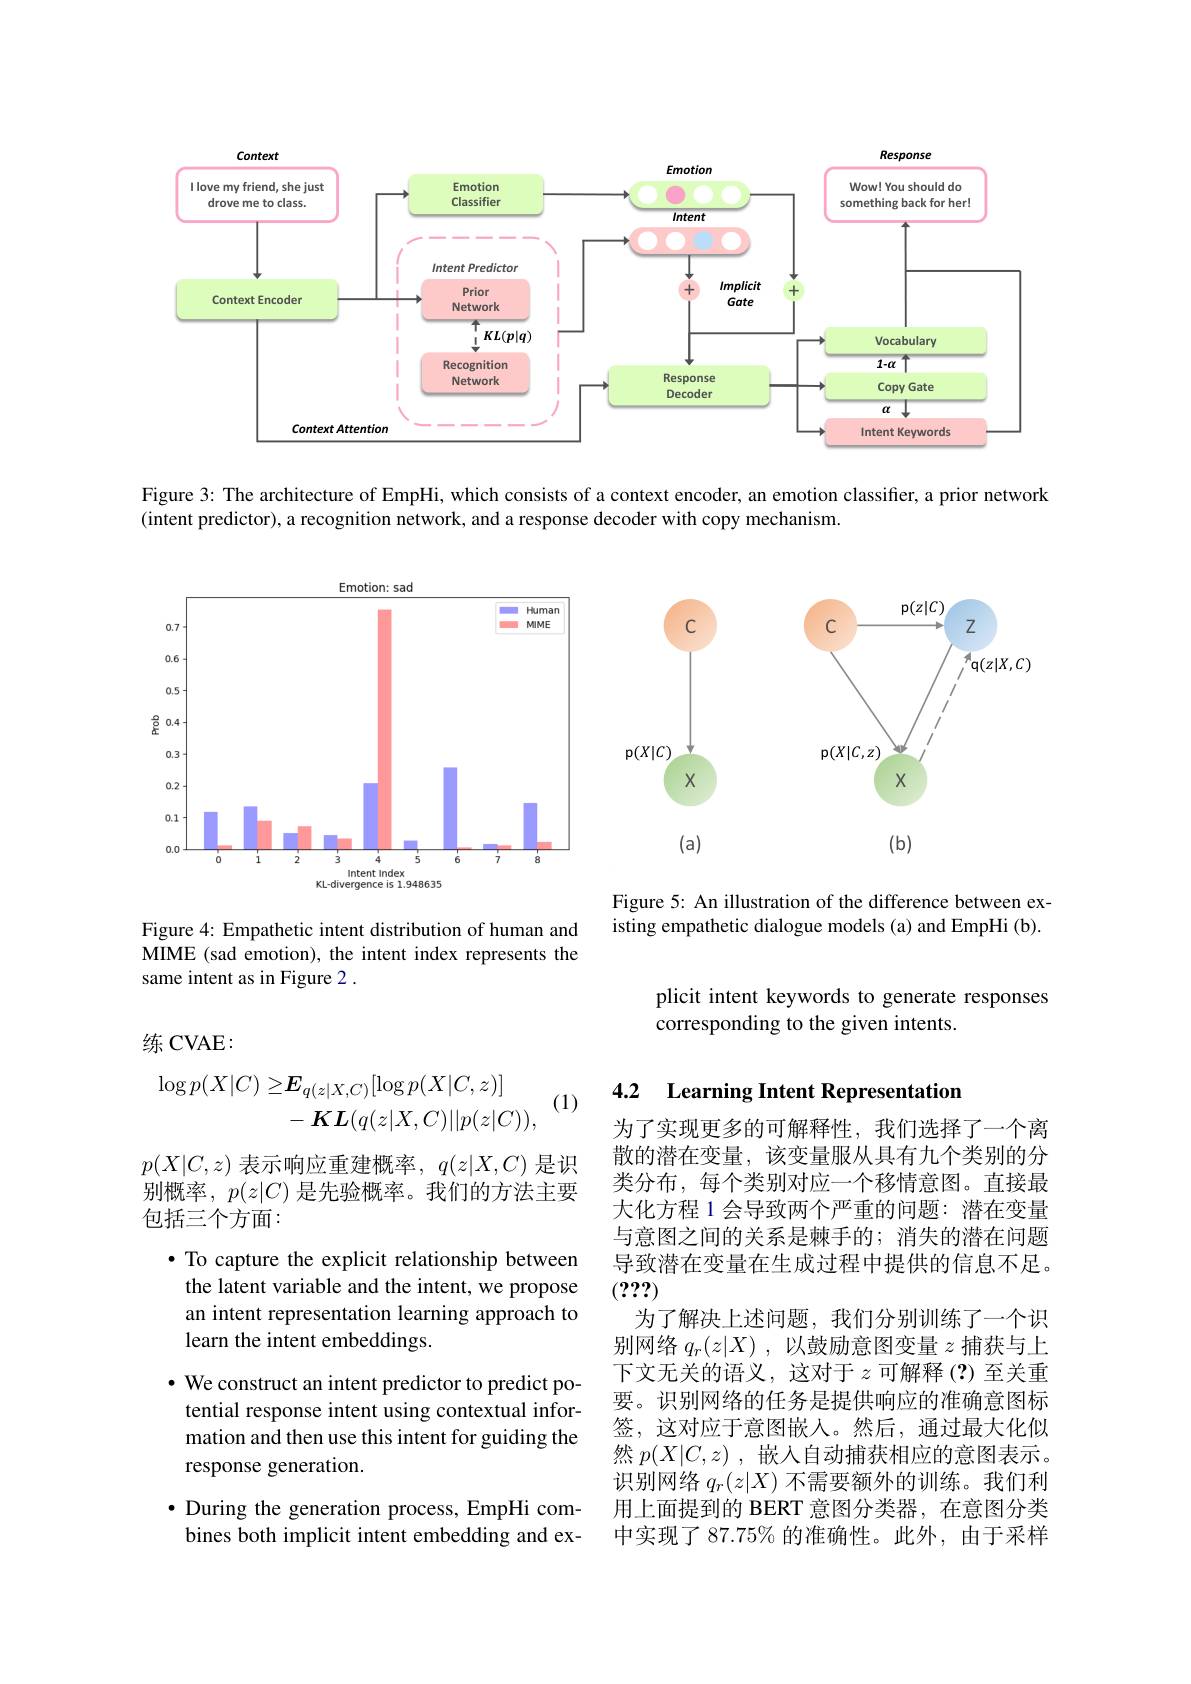
<FigureHere>

Figure 3: The architecture of EmpHi, which consists of a context encoder, an emotion classifier, a prior network
(intent predictor), a recognition network, and a response decoder with copy mechanism.

<FigureHere>

Figure 5: An illustration of the difference between existing empathetic dialogue models (a) and EmpHi (b).

Figure 4: Empathetic intent distribution of human and MIME (sad emotion), the intent index represents the same intent as in Figure 2 .

plicit intent keywords to generate responses
corresponding to the given intents.
$$\begin{aligned}\text{练 CVAE:}\\\log p(X|C)\geq&\boldsymbol{E}_{q(z|X,C)}[\log p(X|C,z)]\\&-\boldsymbol{K}\boldsymbol{L}(q(z|X,C)||p(z|C)),\end{aligned}$$
### 4.2 Learning Intent Representation

(1)

导致潜在变量在生成过程中提供的信息不足。
## (???)

$p(X|C,z)$表示响应重建概率，$q(z|X,C)$是识别概率，$p(z|C)$是先验概率。我们的方法主要包括三个方面：
$\bullet$ To capture the explicit relationship between the latent variable and the intent, we propose an intent representation learning approach to learn the intent embeddings.
· We construct an intent predictor to predict potential response intent using contextual information and then use this intent for guiding the response generation.
$\bullet$ During the generation process, EmpHi combines both implicit intent embedding and ex-

为了实现更多的可解释性，我们选择了一个离散的潜在变量，该变量服从具有九个类别的分类分布，每个类别对应一个移情意图。直接最大化方程 1 会导致两个严重的问题：潜在变量与意图之间的关系是棘手的；消失的潜在问题为了解决上述问题，我们分别训练了一个识别网络$q_r(z|X)$ ,以鼓励意图变量$z$捕获与上下文无关的语义，这对于$z$可解释(?)至关重要。识别网络的任务是提供响应的准确意图标签，这对应于意图嵌入。然后，通过最大化似然$p(X|C,z)$ ,嵌入自动捕获相应的意图表示。识别网络$q_r(z|X)$不需要额外的训练。我们利用上面提到的 BERT 意图分类器，在意图分类中实现了 87.75% 的准确性。此外，由于采样